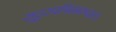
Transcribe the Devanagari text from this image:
सूदुरपश्चिमाञ्चल